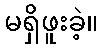
မရှိဖူးခဲ့။